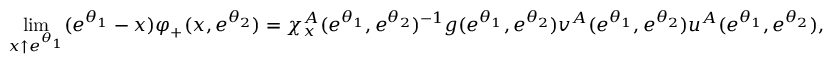
\operatorname* { l i m } _ { x \uparrow e ^ { \theta _ { 1 } } } ( e ^ { \theta _ { 1 } } - x ) \boldsymbol { \varphi } _ { + } ( x , e ^ { \theta _ { 2 } } ) = \chi _ { x } ^ { A } ( e ^ { \theta _ { 1 } } , e ^ { \theta _ { 2 } } ) ^ { - 1 } \boldsymbol { g } ( e ^ { \theta _ { 1 } } , e ^ { \theta _ { 2 } } ) \boldsymbol { v } ^ { A } ( e ^ { \theta _ { 1 } } , e ^ { \theta _ { 2 } } ) \boldsymbol { u } ^ { A } ( e ^ { \theta _ { 1 } } , e ^ { \theta _ { 2 } } ) ,